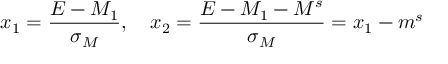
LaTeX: x _ { 1 } = \frac { E - M _ { 1 } } { \sigma _ { M } } , ~ ~ ~ x _ { 2 } = \frac { E - M _ { 1 } - M ^ { s } } { \sigma _ { M } } = x _ { 1 } - m ^ { s }